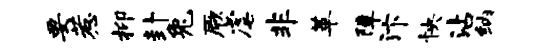
要惹抑卦兔厥虐非革障汴怏沾纳